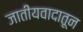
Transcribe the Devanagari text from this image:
जातीयवादातून